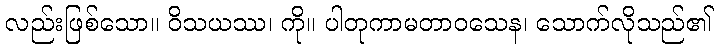
လည်းဖြစ်သော။ ဝိသယဿ၊ ကို။ ပါတုကာမတာဝသေန၊ သောက်လိုသည်၏